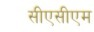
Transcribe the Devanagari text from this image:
सीएसीएम